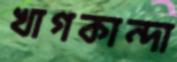
খাগকান্দা